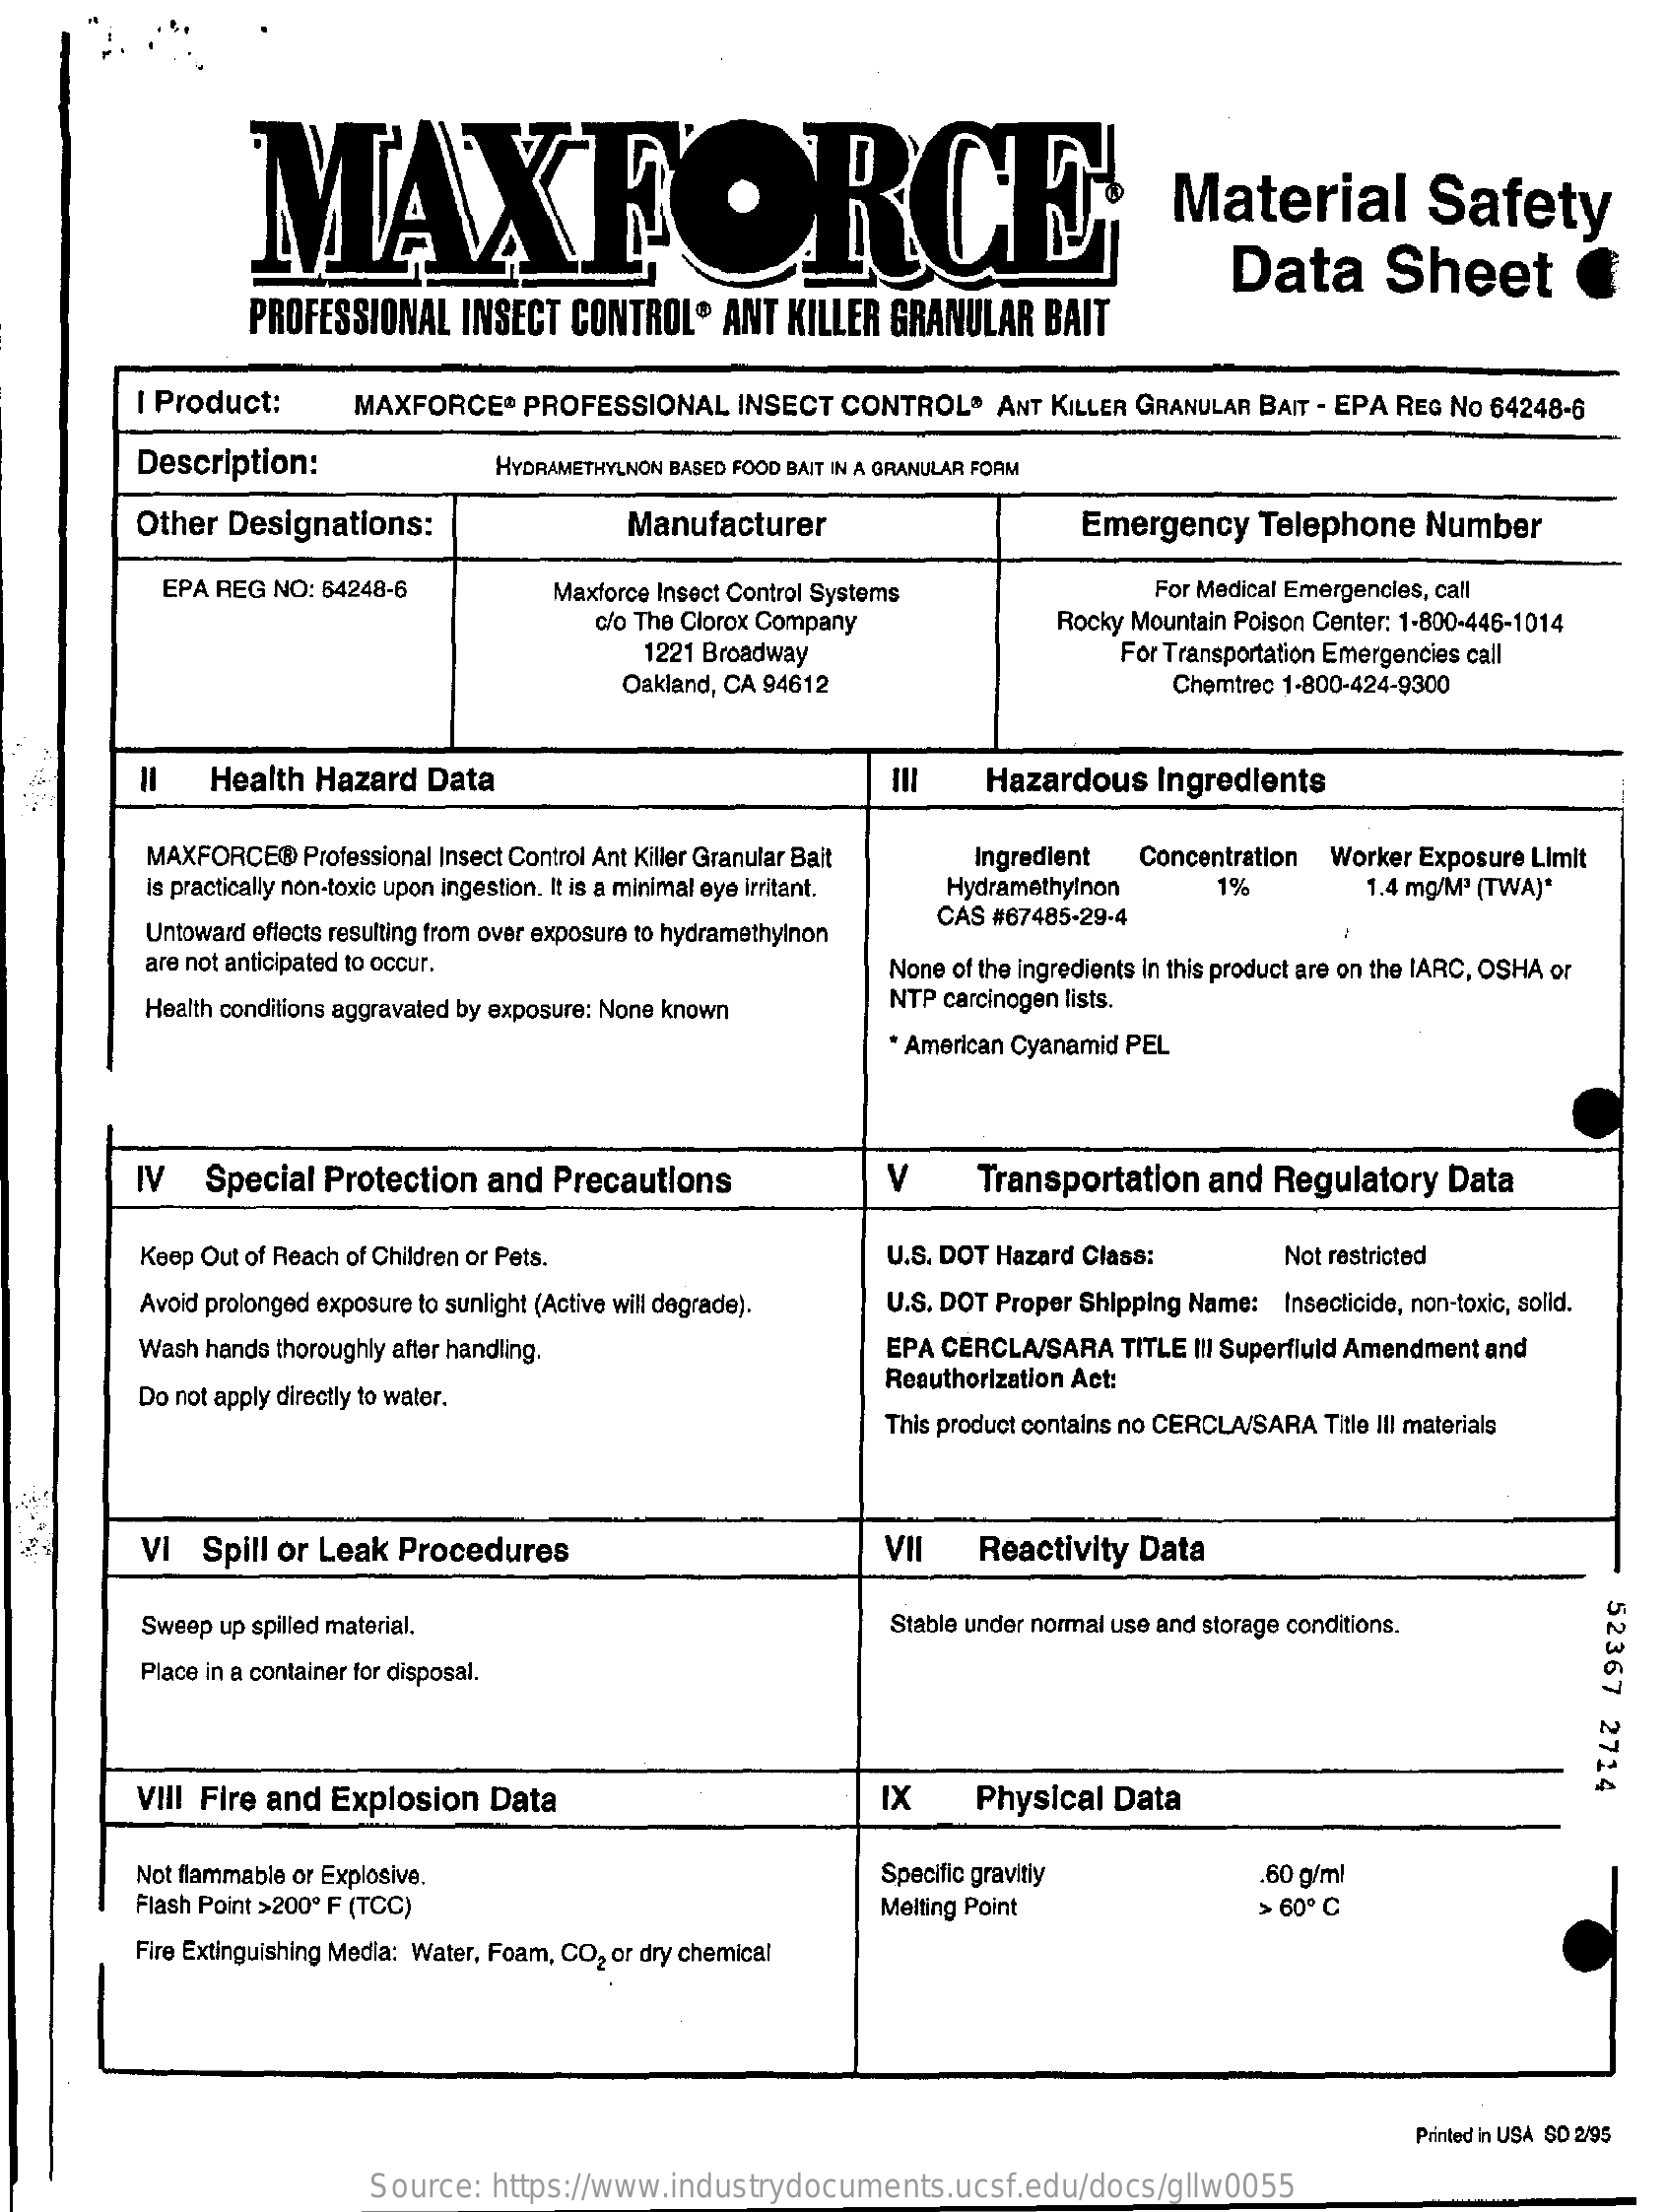
MAXFORCE    Material    Safety
     Data    Sheet
     PROFESSIONAL   INSECT  CONTROL®   ANT  KILLER  GRANULAR   BAIT
     I Product:    MAXFORCE®    PROFESSIONAL   INSECT  CONTROL®    ANT KILLER GRANULAR BAIT - EPA REG No 64248-6
     Description:    HYDRAMETHYLNON BASED FOOD BAIT IN A GRANULAR FORM
     Other  Designations:    Manufacturer    Emergency    Telephone   Number
     EPA REG NO: 64248-6    Maxforce Insect Control Systems    For Medical Emergencies, call
     c/o The Clorox Company    Rocky Mountain Poison Center: 1-800-446-1014
     1221 Broadway    For Transportation Emergencies call
     Oakland, CA 94612    Chemtrec 1-800-424-9300
     =
     Health Hazard  Data    Hazardous   Ingredients
     =
     MAXFORCE®  Professional Insect Control Ant Killer Granular Bait
     is practically non-toxic upon ingestion. It is a minimal eye irritant.
     Ingredient  Concentration Worker Exposure Limit
     Hydramethylnon    1%    1.4 mg/M3 (TWA)*
     Untoward effects resulting from over exposure to hydramethylnon
     CAS #67485-29-4
     are not anticipated to occur.    None of the ingredients in this product are on the IARC, OSHA or
     Health conditions aggravated by exposure: None known   NTP carcinogen lists.
     * American Cyanamid PEL
     IV   Special  Protection  and  Precautions    V    Transportation  and  Regulatory   Data
     Keep Out of Reach of Children or Pets.    U.S. DOT Hazard Class:    Not restricted
     Avoid prolonged exposure to sunlight (Active will degrade). U.S. DOT Proper Shipping Name: Insecticide, non-toxic, solid.
     Wash hands thoroughly after handling.    EPA CERCLA/SARA  TITLE III Superfluid Amendment and
     Do not apply directly to water.
     Reauthorization Act:
     This product contains no CERCLA/SARA Title III materials
     VI  Spill or Leak Procedures    VII    Reactivity Data
     52367
     2714
     Sweep up spilled material.    Stable under normal use and storage conditions.
     Place in a container for disposal.
     VIII Fire and Explosion   Data    IX    Physical  Data
     Not flammable or Explosive.
     Flash Point >200º F (TCC)
     Specific gravitly    60 g/ml
     Melting Point    > 60 ℃
     Fire Extinguishing Media: Water, Foam, CO2 or dry chemical
     Printed in USA SD 2/95
     Source:  https://www.industrydocuments.ucsf.edu/docs/gllw0055